Vaccination in Bombay 1889-1901 - 1889-1901
Year: 1889
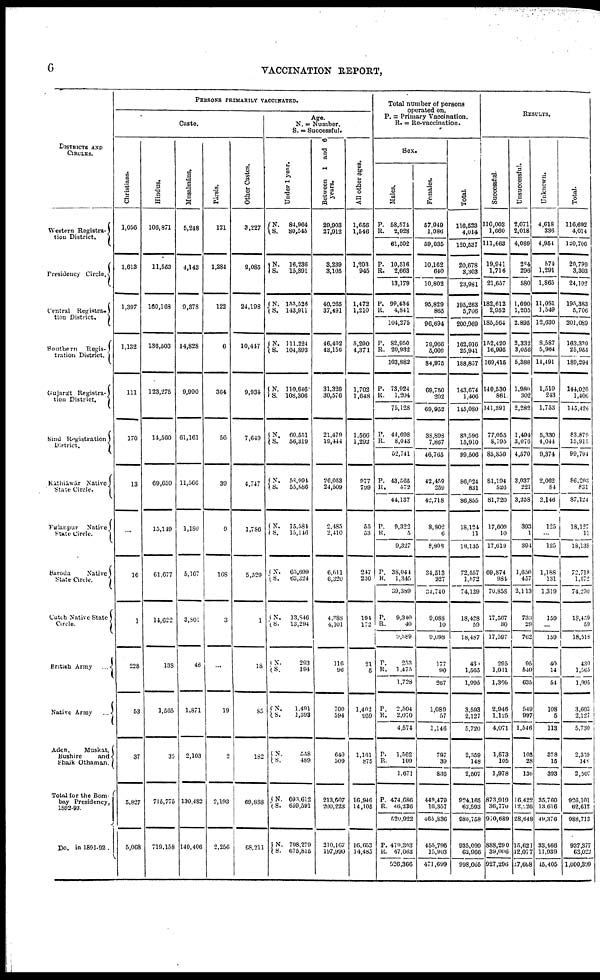
6
VACCINATION REPORT,
DISTRICTS AND
CIRCLES.
Western Registra¬
tion District.
Presidency Circle.
Central Registra¬
tion District.
Southern
Regis¬
tration District.
Gujarát Registra¬
tion District.
Sind Registration
District.
Káthiáwár Native
State Circle.
Pálanpur
Native
State Circle.
Baroda
Native
State Circle.
Cutch Native State
Circle.
British Army
...
Native Army
...
Aden,
Muskat,
Bushire
and
Shaik Othaman.
Total for the Bom-
bay Presidency,
1892-93.
Do. in 1891-92 .
PERSONS PRIMARILY VACCINTATED.
Caste.
Christians.
1,056
1,613
1,397
1,132
111
170
13
...
16
1
228
53
37
5,827
5,068
Hindus.
106,871
11,553
160,168
136,503
123,275
14,560
69,659
15,149
61,677
14,622
138
1,565
35
715,775
719,158
Musalmáns.
5,248
4,143
9,378
14,828
9,990
61,161
11,566
1,180
5,167
3,801
46
1,871
2,103
130,482
140,406
Pársis.
121
1,284
122
6
364
56
39
9
168
3
...
19
2
2,193
2,256
Other Castes.
3,227
2,085
24,198
10,447
9,934
7,649
4,747
1,786
5,529
1
18
85
182
69,888
68,211
Age.
N. = Number.
S. = Successful.
Under 1 year.
N.
S.
84,964
80,545
N.
S.
16,236
15,891
N.
S.
153,526
143,911
N.
S.
111,224
104,893
N.
S.
110,646
108,306
N.
S.
60,551
56,319
N.
S.
58,994
55,886
N.
S.
15,584
15,146
N.
S.
65,699
63,324
N.
S.
13,846
13,294
N.
S.
293
194
N.
S.
1,491
1,393
N.
S.
558
489
N.
S.
693,612
659,591
N.
S.
708,279
675,815
Between 1 and 6
years.
29,903
27,912
3,239
3,105
40,265
37,491
46,402
43,156
31,326
30,576
21,479
19,444
26,053
24,509
2,485
2,410
6,611
6,320
4,388
4,101
116
96
700
594
640
509
213,607
200,223
210,167
197,990
All other ages.
1,656
1,546
1,203
945
1,473
1,210
5,290
4,371
1,702
1,648
1,566
1,292
977
799
55
53
247
230
194
172
21
5
1,402
959
1,161
875
16,940
14,105
16,653
14,485
Total number of persons
operated on.
P. = Primary Vaccination.
R. = Re-vaccination.
Sex.
Males.
P.
R.
58,574
2,928
61,502
P.
R.
10,516
2,663
13,179
P.
R.
99,434
4,841
104,275
P.
R.
82,950
20,932
103,882
P.
R.
73,924
1,204
75,128
P.
R.
44,698
8,043
52,741
P.
R.
43,565
572
44,137
P.
R.
9,322
5
9,327
P.
R.
38,044
1,345
39,389
P.
R.
9,340
49
9,389
P.
R.
253
1,475
1,728
P.
R.
2,504
2,070
4,574
P.
R.
1,562
109
1,671
P.
R.
474,686
46,236
520,922
P.
R.
479,303
47,063
526,366
Females.
57,949
1,086
59,035
10,162
640
10,802
95,829
865
96,694
79,966
5,009
84,976
69,750
202
69,952
38,898
7,867
46,765
42,459
259
42,718
8,802
6
8,808
34,513
227
34,740
9,088
10
9,098
177
90
267
1,089
57
1,146
797
39
836
449,479
16,357
465,836
455,796
15,903
471,699
Total.
116,523
4,014
120,537
20,678
3,303
23,981
195,263
5,706
200,969
162,916
25,941
188,857
143,674
1,406
145,080
83,596
15,910
99,506
86,924
831
86,855
18,124
11
18,135
72,557
1,572
74,129
18,428
59
18,487
43
1,565
1,995
3,593
2,127
5,720
2,359
148
2,507
924,165
62,593
986,758
935,099
62,966
998,065
RESULTS.
Successful.
110,003
1,660
111,663
19,941
1,716
21,657
182,612
2,952
185,564
152,420
16,995
169,415
140,530
861
141,391
77,055
8,795
85,850
81,194
526
81,720
17,609
10
17,619
69,874
984
70,858
17,567
30
17,597
295
1,011
1,306
2,946
1,125
4,071
1,873
105
1,978
873,919
36,770
910,689
888,290
39,006
926,290
Unsuccessful.
2,071
2,018
4,089
284
296
580
1,690
1,205
2,895
2,332
3,056
5,388
1,980
302
2,282
1,494
3,076
4,570
3,037
221
3,258
393
1
394
1,656
457
2,113
733
29
762
95
540
635
549
997
1,546
108
28
136
16,422
12,226
28,648
15,621
12,077
27,698
Unknown.
4,618
336
4,954
574
1,291
1,865
11,081
1,549
12,630
8,587
5,904
14,491
1,510
243
1,753
5,330
4,044
9,374
2,062
84
2,146
125
...
125
1,188
131
1,319
159
...
159
40
14
54
108
5
113
378
15
393
35,760
13,616
49,376
33,466
11,939
45,405
Total.
116,692
4,014
120,706
20,799
3,303
24,102
195,383
5,706
201,089
163,339
25,955
189,294
144,020
1,406
145,426
83,879
15,915
99,791
86,293
831
87,124
18,127
11
18,138
72,718
1,572
74,290
18,459
59
18,518
430
1,565
1,995
3,603
2,127
5,730
2,379
148
2,507
926,101
62,612
988,713
937,377
63,022
1,000,399